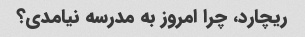
ریچارد، چرا امروز به مدرسه نیامدی؟